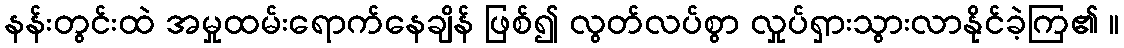
နန်းတွင်းထဲ အမှုထမ်းရောက်နေချိန် ဖြစ်၍ လွတ်လပ်စွာ လှုပ်ရှားသွားလာနိုင်ခဲ့ကြ၏ ။